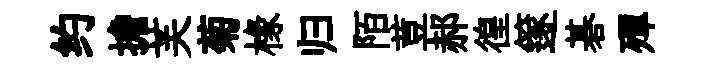
约擔芙菊椽归陌荳郝徨篴碁殫